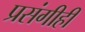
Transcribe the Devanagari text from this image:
प्रसंगीही